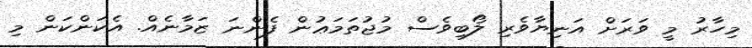
މިހާރު މީ ވަަރަށް އަނިޔާވެރި ލޯބިވެސް މުޖުތަމަޢުން ފެންނަ ޒަމާނެއް. އެކަންކަން މި